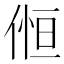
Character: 𠋧